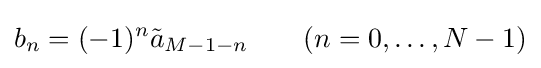
b_{n}=(-1)^{n}{\tilde {a}}_{M-1-n}\quad \quad (n=0,\dots ,N-1)